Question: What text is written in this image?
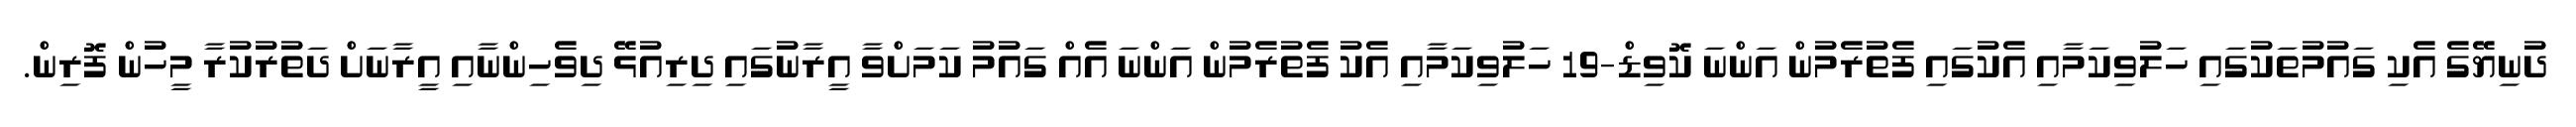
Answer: ދުނިޔޭގެ އެކި ގައުމުތަކުގައި ހަލުވިކަމާއި އެކުގައި ފެތުރެމުން އަންނަ ކޮވިޑް-19 ހަލުވިކަމާއި އެކު ފެތުރެމުން އަންނަ އެއް ގައުމު ކަމަށްވާ އީރާނުގައި ދިރިއުޅޭ ދިވެހިންނާއި އީރާނަށް ދަތުރުކުރާ މީހުން ފޮރިން.